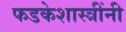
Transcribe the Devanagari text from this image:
फडकेशास्त्रींनी